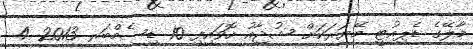
މާލޭގެ ޑެޕިއުޓީ މޭޔަރަކަށް ޝުޖާއު ހޮވައިފި 10 ޑިސެމްބަރ 2013 4